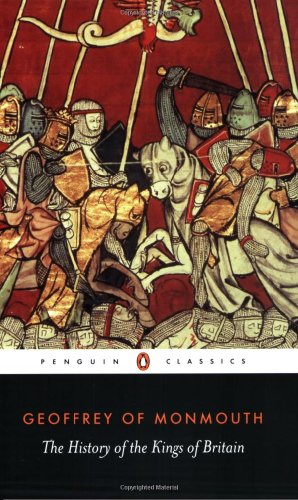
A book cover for The History of the Kings of Britain (Penguin Classics); Geoffrey of Monmouth; Biographies & Memoirs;